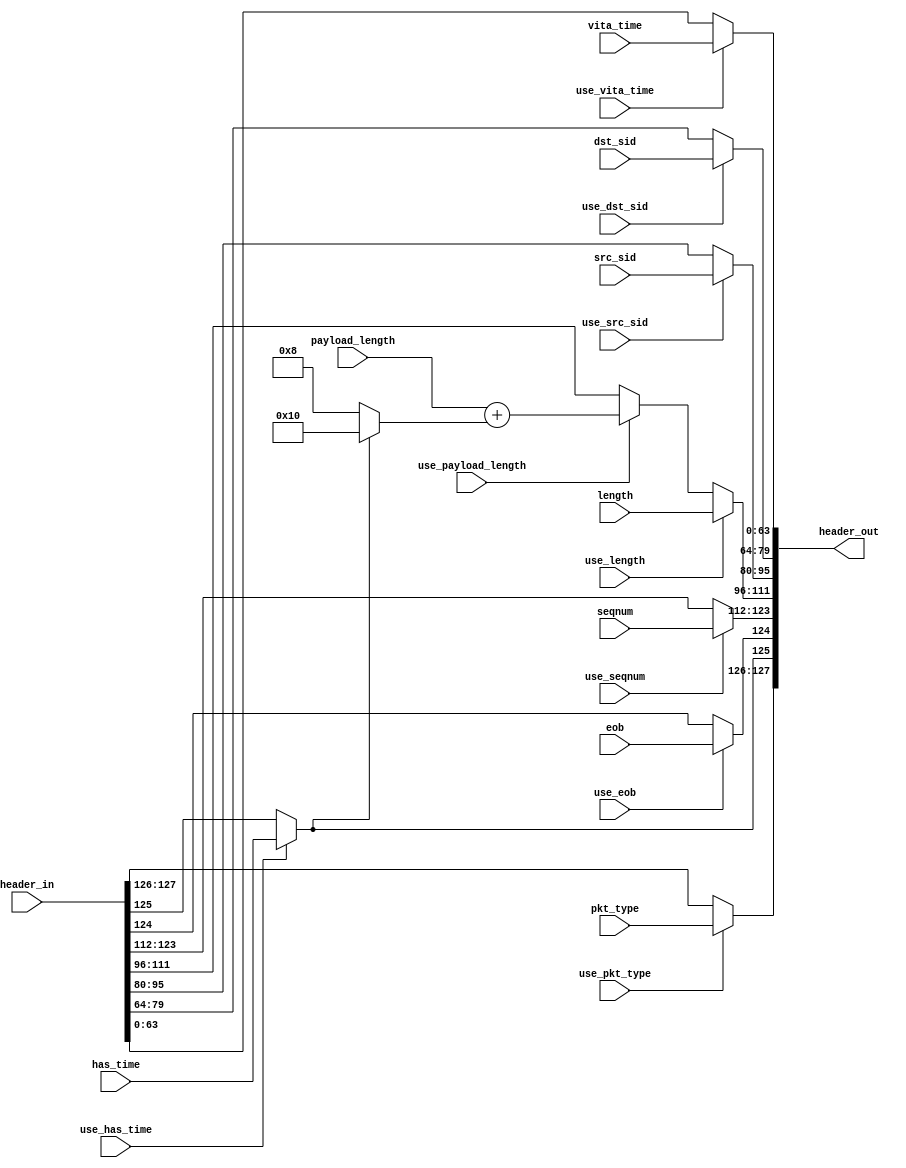
//
// Copyright 2016 Ettus Research
//
// Modifies CVITA packet header fields

module cvita_hdr_modify (
  input  [127:0] header_in,
  output [127:0] header_out,
  input use_pkt_type,       input [1:0] pkt_type,
  input use_has_time,       input has_time,
  input use_eob,            input eob,
  input use_seqnum,         input [11:0] seqnum,
  input use_length,         input [15:0] length,
  input use_payload_length, input [15:0] payload_length,
  input use_src_sid,        input [15:0] src_sid,
  input use_dst_sid,        input [15:0] dst_sid,
  input use_vita_time,      input [63:0] vita_time
);

  wire [15:0] length_adj = payload_length + (header_out[125] /* Has time */ ? 16'd16 : 16'd8);

  assign header_out = {
    (use_pkt_type       == 1'b1) ? pkt_type   : header_in[127:126],
    (use_has_time       == 1'b1) ? has_time   : header_in[125],
    (use_eob            == 1'b1) ? eob        : header_in[124],
    (use_seqnum         == 1'b1) ? seqnum     : header_in[123:112],
    (use_length         == 1'b1) ? length     :
    (use_payload_length == 1'b1) ? length_adj : header_in[111:96],
    (use_src_sid        == 1'b1) ? src_sid    : header_in[95:80],
    (use_dst_sid        == 1'b1) ? dst_sid    : header_in[79:64],
    (use_vita_time      == 1'b1) ? vita_time  : header_in[63:0]};

endmodule